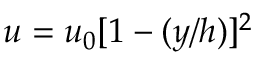
u = u _ { 0 } [ 1 - ( y / h ) ] ^ { 2 }